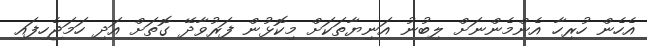
އެހެން ހުރިހާ އެންމެންނަށް ލިބުނު އަނިޔާތަކަށް މިކޮޅުން ފަރުވާދޭ ގޮތަށް އަދި ހަމަޖެހިފައި